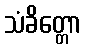
သံခိတ္တော